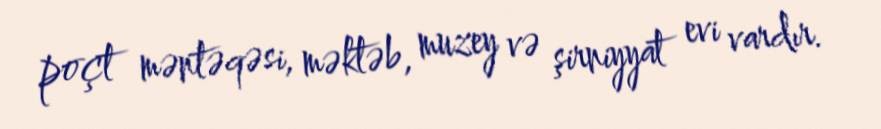
poçt məntəqəsi, məktəb, muzey və şirniyyat evi vardır.